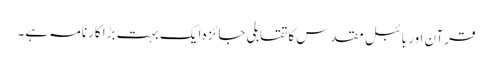
قرآن اور بائبل مقدس کا تقابلی جائزہ ایک بہت بڑا کارنامہ ہے۔